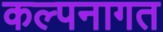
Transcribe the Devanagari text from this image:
कल्पनागत